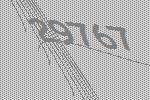
29767